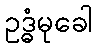
ဥဒ္ဓံမုခေါ